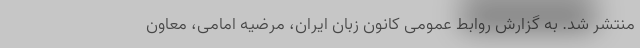
منتشر شد. به گزارش روابط عمومی کانون زبان ایران، مرضیه امامی، معاون